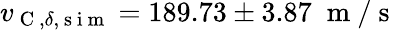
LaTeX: v_{\mathrm{~C~},\delta,\mathrm{~s~i~m~}}=189.73\pm 3.87\; \mathrm{~m~}/\mathrm{~s~}